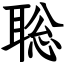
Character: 聡